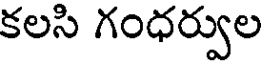
కలసి గంధర్వుల